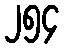
၂၅၄